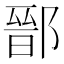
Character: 鄑